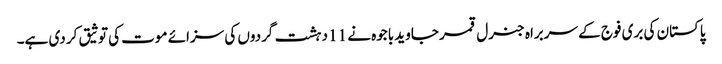
پاکستان کی بری فوج کے سربراہ جنرل قمر جاوید باجوہ نے 11 دہشت گردوں کی سزائے موت کی توثیق کر دی ہے۔